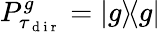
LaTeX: P_{\tau_{\mathrm{~d~i~r~}}}^{g}=|g\rangle\! \langle g|